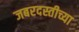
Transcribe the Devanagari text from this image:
जबरदस्तीच्या